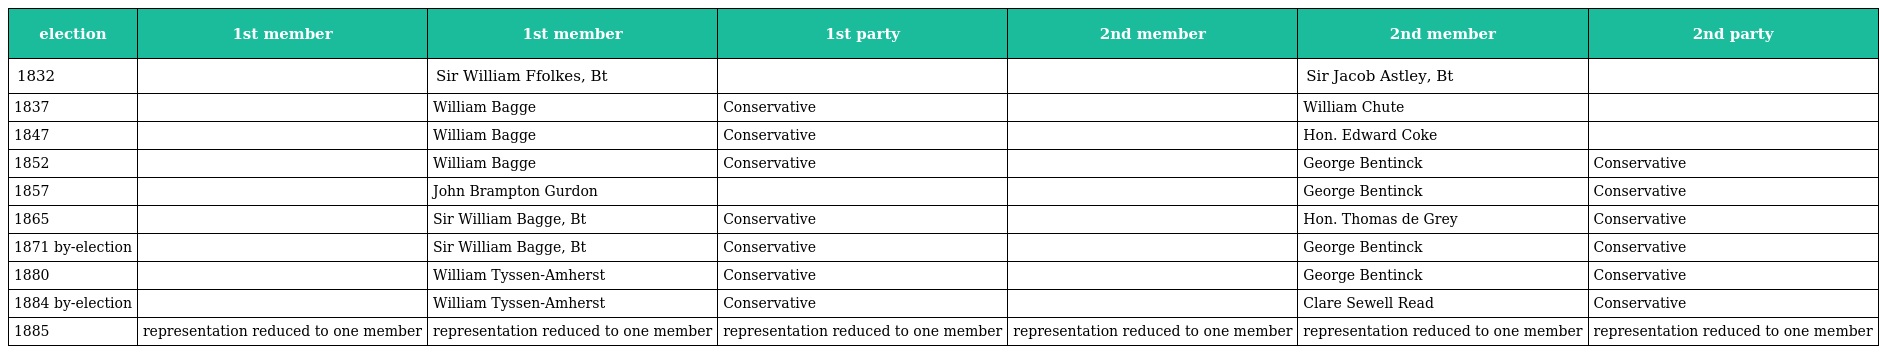
| election | 1st member | 1st member | 1st party | 2nd member | 2nd member | 2nd party |
 | --- | --- | --- | --- | --- | --- | --- |
 | 1832 |  | Sir William Ffolkes, Bt |  |  | Sir Jacob Astley, Bt |  |
 | 1837 |  | William Bagge | Conservative |  | William Chute |  |
 | 1847 |  | William Bagge | Conservative |  | Hon. Edward Coke |  |
 | 1852 |  | William Bagge | Conservative |  | George Bentinck | Conservative |
 | 1857 |  | John Brampton Gurdon |  |  | George Bentinck | Conservative |
 | 1865 |  | Sir William Bagge, Bt | Conservative |  | Hon. Thomas de Grey | Conservative |
 | 1871 by-election |  | Sir William Bagge, Bt | Conservative |  | George Bentinck | Conservative |
 | 1880 |  | William Tyssen-Amherst | Conservative |  | George Bentinck | Conservative |
 | 1884 by-election |  | William Tyssen-Amherst | Conservative |  | Clare Sewell Read | Conservative |
 | 1885 | representation reduced to one member | representation reduced to one member | representation reduced to one member | representation reduced to one member | representation reduced to one member | representation reduced to one member |